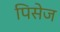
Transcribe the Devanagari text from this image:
पिसेज